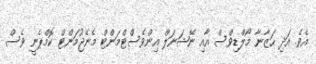
އެވެ. އަދި ހަޒާނާ މޯލްޑިވްސް އާއި ނޭޝަނަލް އިންވެސްޓްމަންޓް މެނޭޖުމަންޓް ކޮމްޕެނީ ވެސް